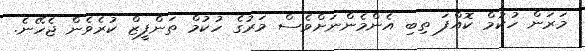
މަރަން ހުކުމް ކޮއްފަ ތިބި އެންމެންނަށްވެސް މަރުގެ ހުކުމް ތަންފީޒް ކުރެވެން ޖެހޭނެ.